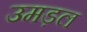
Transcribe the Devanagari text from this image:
उमड़ल